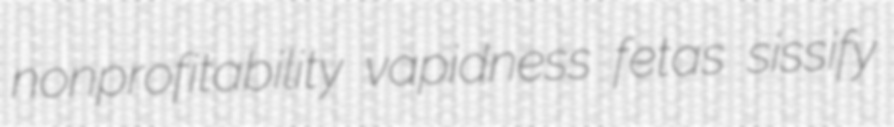
nonprofitability vapidness fetas sissify